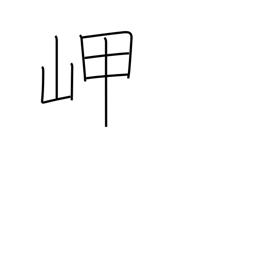
Meaning: headland